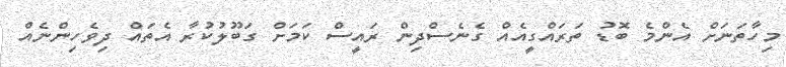
މިހާތަނަށް އެންމެ ބޮޑު ތަރައްގީއެއް ގެނެސްދިން ރައީސް ކަމަށް ގަބޫލުކުރާ އެެތައް ދިވެހިންނެއް